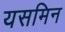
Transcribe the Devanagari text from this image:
यसमिन